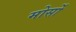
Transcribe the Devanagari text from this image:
मोर्सो